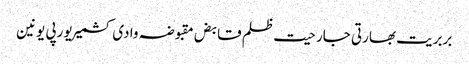
بربریت بھارتی جارحیت ظلم قابض مقبوضہ وادی کشمیر یورپی یونین